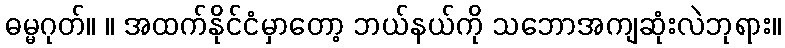
ဓမ္မဂုတ်။ ။ အထက်နိုင်ငံမှာတော့ ဘယ်နယ်ကို သဘောအကျဆုံးလဲဘုရား။